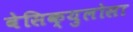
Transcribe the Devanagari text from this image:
वेसिक्युलोसा